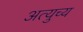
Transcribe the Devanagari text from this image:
अत्युच्य